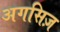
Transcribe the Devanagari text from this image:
अगसिज़